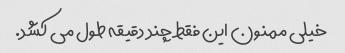
خیلی ممنون این فقط چند دقیقه طول می کشد.